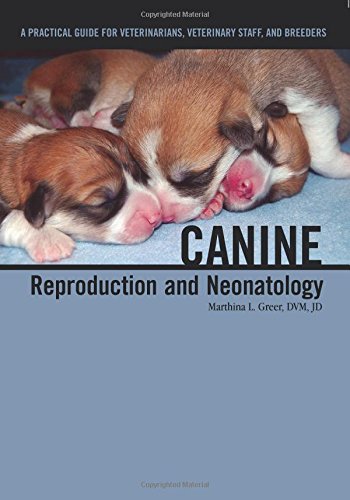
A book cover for Canine Reproduction and Neonatology; Marthina L. Greer; Crafts, Hobbies & Home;